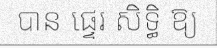
បាន ផ្ទេរ សិទ្ធិ ឱ្យ